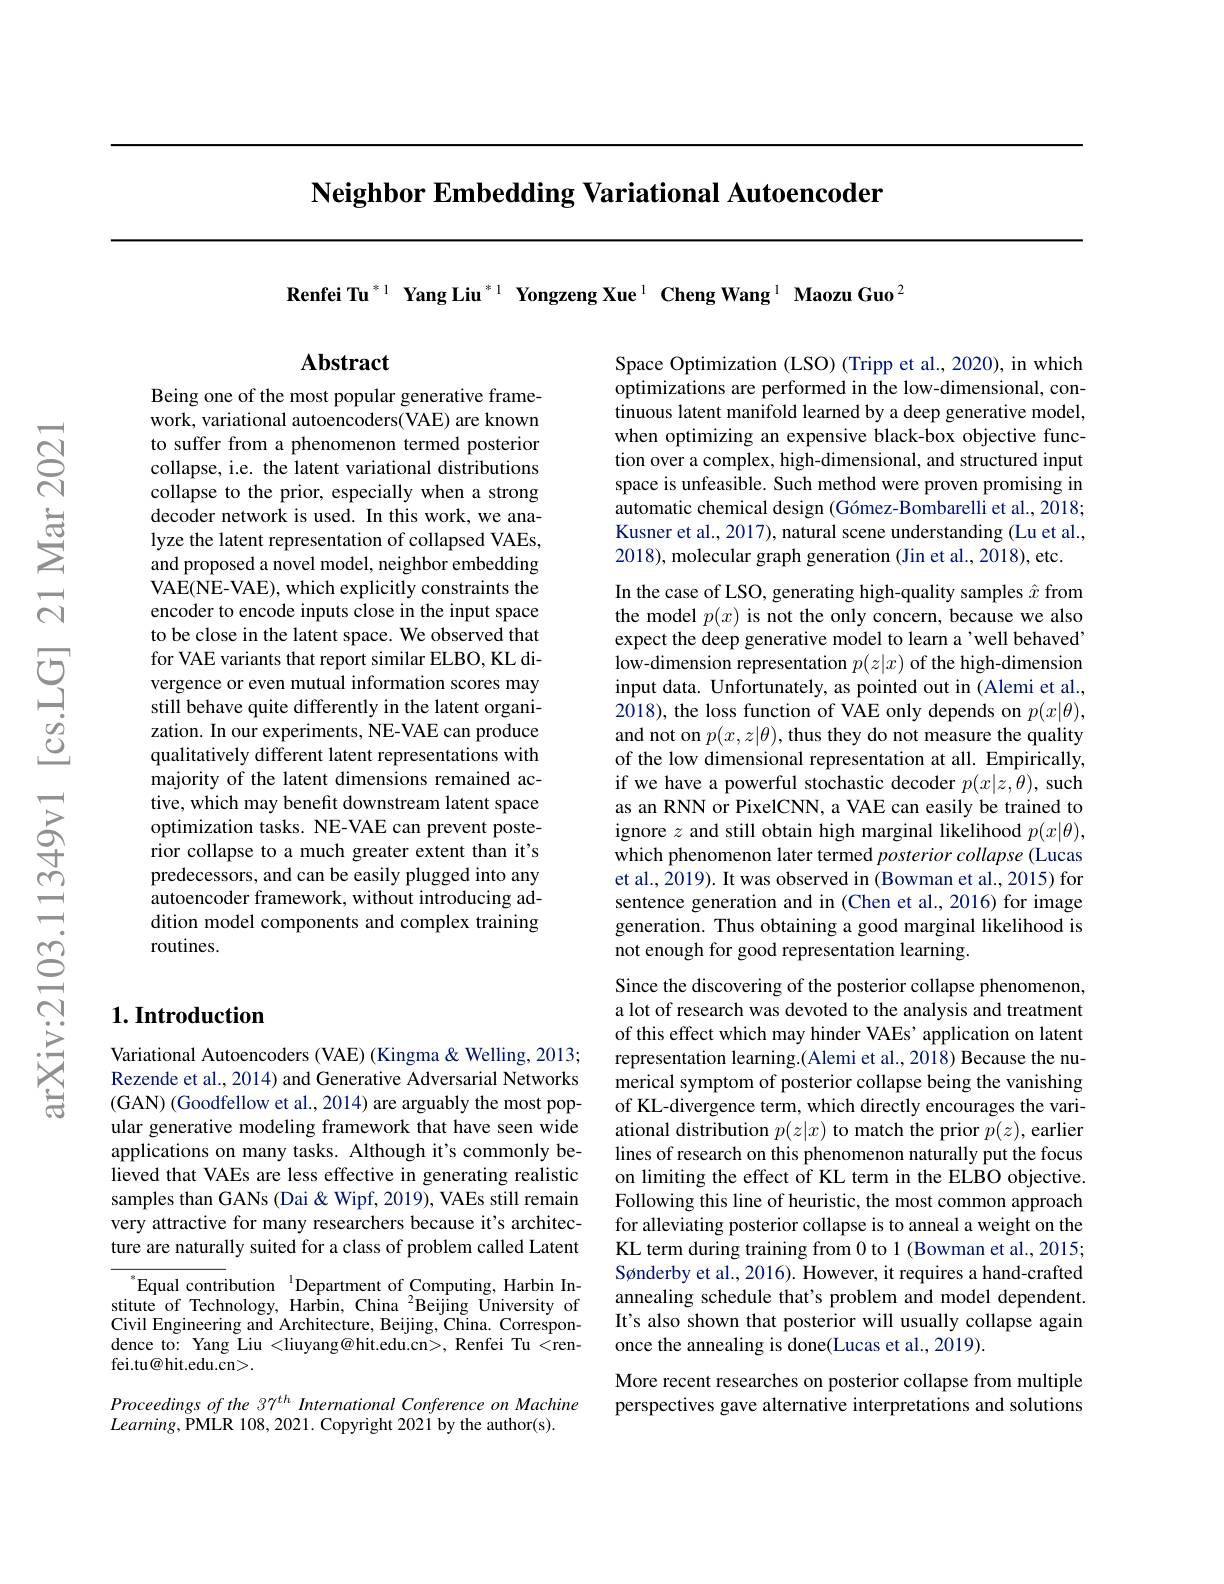
$\textbf{Neighbor Embedding Variational Autoencoder}$

Renfei Tu$^{*1}$ Yang Liu$^{*1}$ Yongzeng Xue$^{1}$ Cheng Wang$^{1}\textbf{MaozuGuo}^{2}$

## $\mathbf{Abstract}$

Being one of the most popular generative framework, variational autoencoders(VAE) are known to suffer from a phenomenon termed posterior collapse, i.e. the latent variational distributions collapse to the prior, especially when a strong decoder network is used. In this work, we analyze the latent representation of collapsed VAEs, and proposed a novel model, neighbor embedding VAE(NE-VAE), which explicitly constraints the encoder to encode inputs close in the input space to be close in the latent space. We observed that for VAE variants that report similar ELBO, KL divergence or even mutual information scores may still behave quite differently in the latent organization. In our experiments, NE-VAE can produce qualitatively different latent representations with majority of the latent dimensions remained active, which may benefit downstream latent space optimization tasks. NE-VAE can prevent posterior collapse to a much greater extent than it's predecessors, and can be easily plugged into any autoencoder framework, without introducing addition model components and complex training routines.

## $1. \textbf{Introduction}$

Variational Autoencoders (VAE) (Kingma&Welling, 2013; Rezende et al., 2014) and Generative Adversarial Networks (GAN) (Goodfellow et al., 2014) are arguably the most popular generative modeling framework that have seen wide applications on many tasks. Although it's commonly believed that VAEs are less effective in generating realistic samples than GANs (Dai &Wipf, 2019), VAEs still remain very attractive for many researchers because it's architecture are naturally suited for a class of problem called Latent

$^{\mathrm{s}}$Equal contribution$^{\mathrm{l}}$Department of Computing, Harbin Institute of Technology, Harbin, China $^{2}$Beijing University of Civil Engineering and Architecture, Beijing, China. Correspondence to: Yang Liu <liuyang@hit.edu.cn>, Renfei Tu <ren- ${\mathrm{fei.tu@hit.edu.cn>.}}$

Proceedings of the 37$^{th}$ International Conference on Machine
$Learning$,PMLR 108, 2021. Copyright 2021 by the author(s).

Space Optimization (LSO) (Tripp et al.,2020), in which optimizations are performed in the low-dimensional, continuous latent manifold learned by a deep generative model, when optimizing an expensive black-box objective function over a complex, high-dimensional, and structured input space is unfeasible. Such method were proven promising in automatic chemical design (Gómez-Bombarelli et al., 2018; Kusner et al., 2017), natural scene understanding (Lu et al., 2018), molecular graph generation (Jin et al., 2018), etc.
In the case of LSO, generating high-quality samples $\hat{x}$ from the model $p(x)$ is not the only concern, because we also expect the deep generative model to learn a'well behaved' low-dimension representation $p(z|x)$ of the high-dimension input data. Unfortunately, as pointed out in (Alemi et al., 2018), the loss function of VAE only depends on $p(x|\theta)$, and not on $p(x,z|\theta)$, thus they do not measure the quality of the low dimensional representation at all. Empirically, if we have a powerful stochastic decoder $p(x|z,\theta)$, such as an RNN or PixelCNN, a VAE can easily be trained to ignore $z$ and still obtain high marginal likelihood $p(x|\theta)$, which phenomenon later termed posterior collapse (Lucas et al., 2019). It was observed in (Bowman et al., 2015) for sentence generation and in (Chen et al., 2016) for image generation. Thus obtaining a good marginal likelihood is not enough for good representation learning.
Since the discovering of the posterior collapse phenomenon, a lot of research was devoted to the analysis and treatment

of this effect which may hinder VAEs' application on latent representation learning.(Alemi et al., 2018) Because the numerical symptom of posterior collapse being the vanishing of KL-divergence term, which directly encourages the variational distribution $p(z|x)$ to match the prior $p(z)$, earlier lines of research on this phenomenon naturally put the focus on limiting the effect of KL term in the ELBO objective. Following this line of heuristic, the most common approach for alleviating posterior collapse is to anneal a weight on the KL term during training from 0 to 1 (Bowman et al., 2015; Sønderby et al., 2016). However, it requires a hand-crafted annealing schedule that's problem and model dependent. It's also shown that posterior will usually collapse again once the annealing is done(Lucas et al., 2019)

More recent researches on posterior collapse from multiple perspectives gave alternative interpretations and solutions